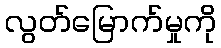
လွတ်မြောက်မှုကို